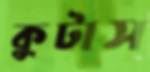
কুটাস